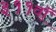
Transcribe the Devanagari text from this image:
३११वॉ